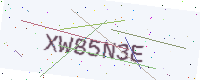
Text: XW85N3E